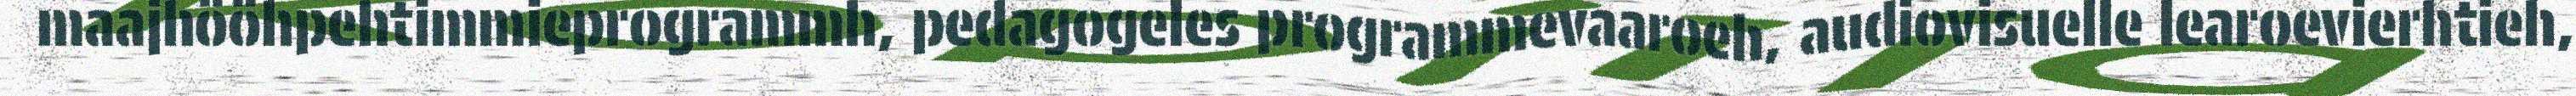
maajhööhpehtimmieprogrammh, pedagogeles programmevaaroeh, audiovisuelle learoevierhtieh,